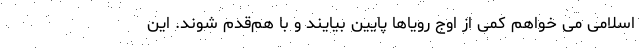
اسلامی می خواهم کمی از اوج رویاها پایین بیایند و با هم‌قدم شوند. این